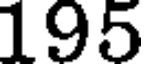
195